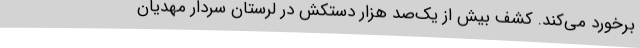
برخورد می‌کند. کشف بیش از یک‌صد هزار دستکش در لرستان سردار مهدیان